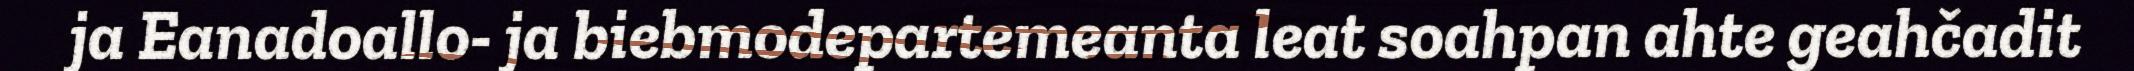
ja Eanadoallo- ja biebmodepartemeanta leat soahpan ahte geahčadit